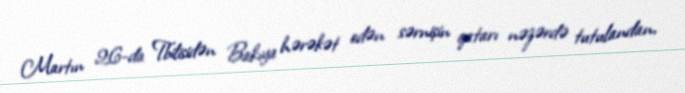
Martın 26-da Tbilisidən Bakıya hərəkət edən sərnişin qatarı nəzərdə tutulandan,